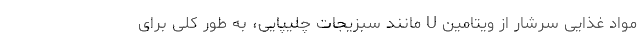
مواد غذایی سرشار از ویتامین U مانند سبزیجات چلیپایی، به طور کلی برای